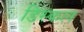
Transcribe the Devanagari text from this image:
डिस्कल